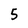
Character: 5